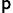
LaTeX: _\mathsf{p}